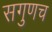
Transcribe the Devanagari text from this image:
सगुणच